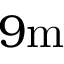
9 \mathrm { m }